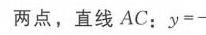
两点，直线 \(AC\)：\(y = -\)